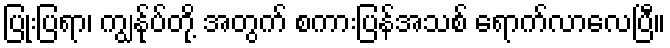
ပြုံးပြရာ၊ ကျွန်ုပ်တို့ အတွက် စကားပြန်အသစ် ရောက်လာလေပြီ။